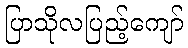
ပြာသိုလပြည့်ကျော်